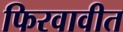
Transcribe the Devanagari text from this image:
फिरवावीत